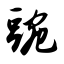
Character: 豌